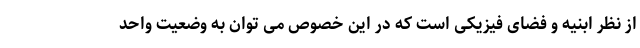
از نظر ابنیه و فضای فیزیکی است که در این خصوص می توان به وضعیت واحد